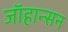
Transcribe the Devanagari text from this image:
जाॅहान्सन